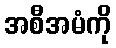
အစီအမံကို